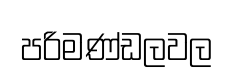
පරිමණ්ඩලවල